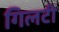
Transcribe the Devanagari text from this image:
गिलटी